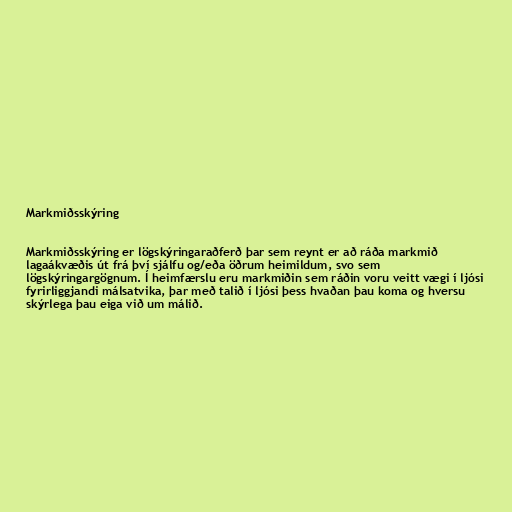
Markmiðsskýring

Markmiðsskýring er lögskýringaraðferð þar sem reynt er að ráða markmið
lagaákvæðis út frá því sjálfu og/eða öðrum heimildum, svo sem
lögskýringargögnum. Í heimfærslu eru markmiðin sem ráðin voru veitt vægi í ljósi
fyrirliggjandi málsatvika, þar með talið í ljósi þess hvaðan þau koma og hversu
skýrlega þau eiga við um málið.